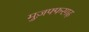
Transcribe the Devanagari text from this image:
मुज़फ्फरगढ़